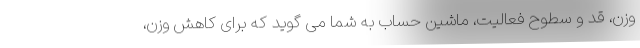
وزن، قد و سطوح فعالیت، ماشین حساب به شما می گوید که برای کاهش وزن،